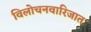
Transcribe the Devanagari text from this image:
विलोचनवारिजात